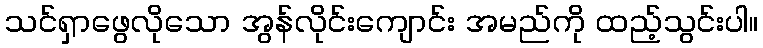
သင်ရှာဖွေလိုသော အွန်လိုင်းကျောင်း အမည်ကို ထည့်သွင်းပါ။